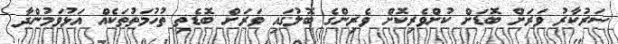
ސަރުކާރު ވަރަށް ބޮޑަށް ކުށްވެރިކޮށް ވެރިންގެ ބޮލުގައި ވަރަށް ބޮޑެތި ތުހުމަތުތަކެއް އަޅުވަމުންދާ